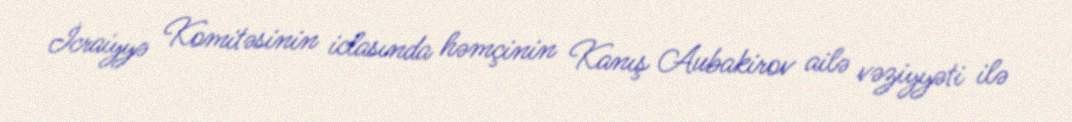
İcraiyyə Komitəsinin iclasında həmçinin Kanış Aubakirov ailə vəziyyəti ilə